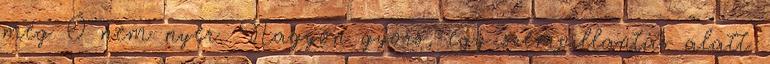
még Ő nem nyer. Nagyon gyors, egy szempillantás alatt